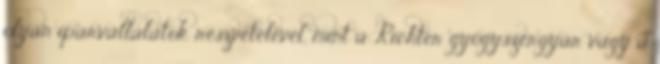
olyan iparvállalatok részvételével, mint a Richter gyógyszergyár vagy a